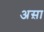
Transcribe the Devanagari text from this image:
अस़ा